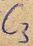
Text: C3